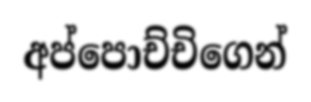
අප්පොච්චිගෙන්